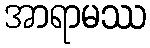
အာရာမဿ